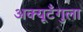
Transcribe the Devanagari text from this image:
अक्यूटँगुला